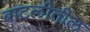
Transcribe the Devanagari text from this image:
बाटलीतील